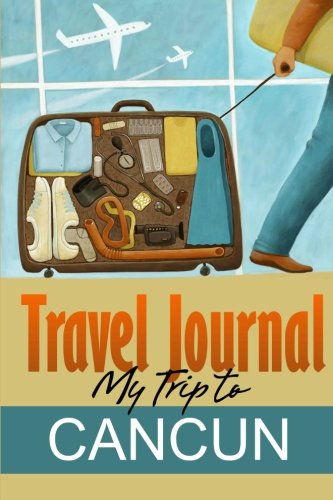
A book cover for Travel Journal: My Trip to Cancun; Travel Diary; Travel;